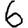
Digit: 6